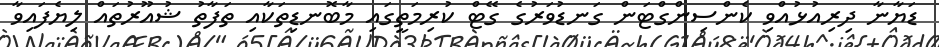
ޑަޔާނާ ދިރިއުޅުއްވި ކެންސިންގްޓަން ގަނޑުވަރުގެ ގޭޓް ކުރިމަތީގައި މާބޮނޑިތަކާއި ތަފާތު ޝުއޫރުތައް ލިޔެފައިވާ